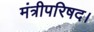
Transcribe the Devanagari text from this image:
मंत्रीपरिषद।